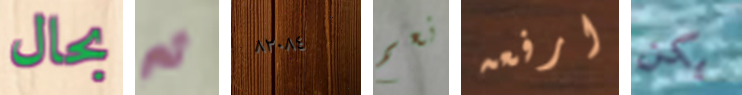
بحال ثم ٨٢٠٨٤ نعم ارفعه يكن